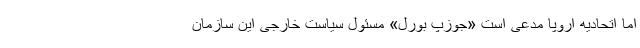
اما اتحادیه اروپا مدعی است «جوزپ بورل» مسئول سیاست خارجی این سازمان